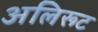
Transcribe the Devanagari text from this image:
अलिरूट